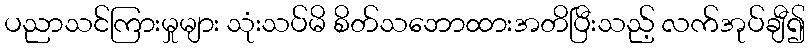
ပညာသင်ကြားမှုများ သုံးသပ်မိ စိတ်သဘောထားအတိပြီးသည့် လက်အုပ်ချီ၍